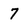
Character: 7